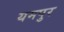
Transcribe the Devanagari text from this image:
यमपुर